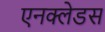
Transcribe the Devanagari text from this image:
एनक्लेडस